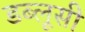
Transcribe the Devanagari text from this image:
डब्लूसी